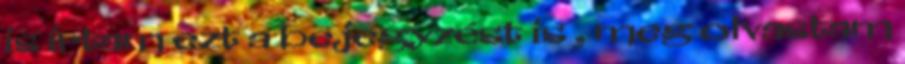
is írtam ezt a bejegyzést is , meg olvastam